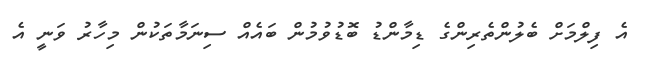
އެ ފިލްމަށް ބެލުންތެރިންގެ ޑިމާންޑު ބޮޑުވުމުން ބައެއް ސިނަމާތަކުން މިހާރު ވަނީ އެ